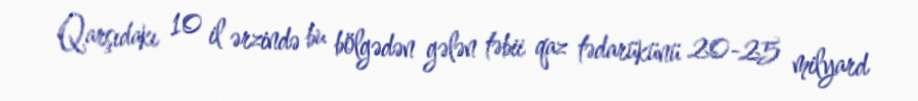
Qarşıdakı 10 il ərzində bu bölgədən gələn təbii qaz tədarükünü 20-25 milyard